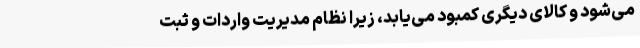
می‌شود و کالای دیگری کمبود می‌یابد، زیرا نظام مدیریت واردات و ثبت